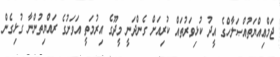
ޖަމްޢިއްޔަތުއްޞަލާހްގެ އީދު ކުޅިވަރުތައް ކުރިއަށް ގެންދަނީ މީދޫގެ އިރުމަތީ އަވަށުގެ ރައްޔިތުންނާ ގުޅިގެން